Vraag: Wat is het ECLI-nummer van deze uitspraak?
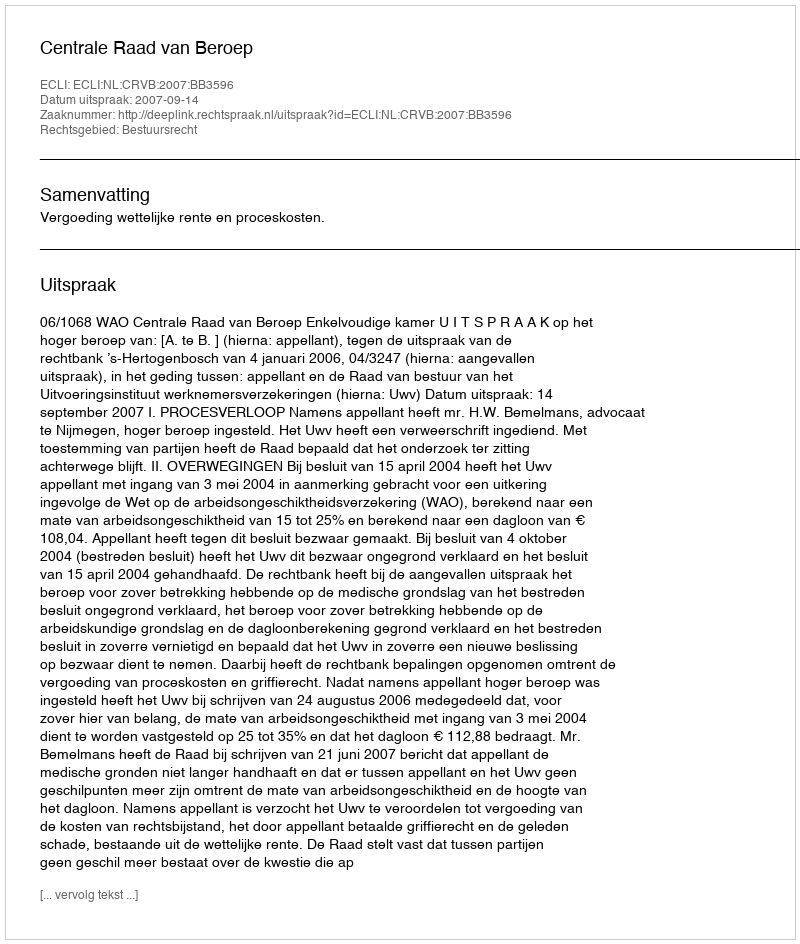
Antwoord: ECLI:NL:CRVB:2007:BB3596